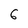
Character: 6